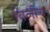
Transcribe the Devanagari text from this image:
विलीच